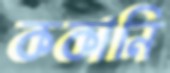
ককানি